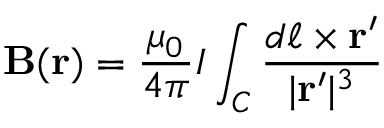
\mathbf { B } ( \mathbf { r } ) = { \frac { \mu _ { 0 } } { 4 \pi } } I \int _ { C } { \frac { d { \boldsymbol { \ell } } \times \mathbf { r ^ { \prime } } } { | \mathbf { r ^ { \prime } } | ^ { 3 } } }